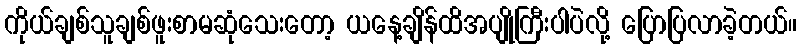
ကိုယ်ချစ်သူချစ်ဖူးစာမဆုံသေးတော့ ယနေ့ချိန်ထိအပျိုကြီးပါပဲလို့ ပြောပြလာခဲ့တယ်။